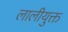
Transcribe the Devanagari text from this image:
लालीयुक्त